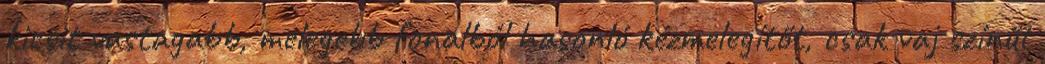
kicsit vastagabb, melegebb fonalból hasonló kézmelegítőt, csak vaj színűt